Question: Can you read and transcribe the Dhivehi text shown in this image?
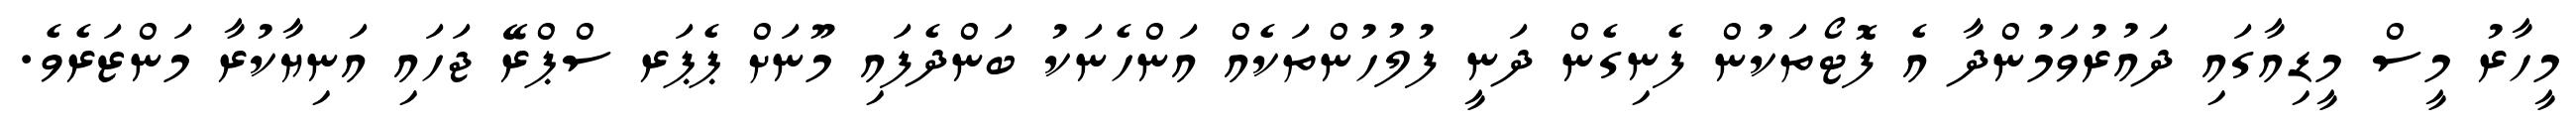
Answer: މީހާރު މީސް މީޑިއާގައި ދައުރުވަމުންދާ އެ ފޮޓޯތަކުން ފެނިގެން ދަނީ ފުލުހުންތަކެއް އަންހެނަކު ބަންދެފައި މޫނަށް ޕެޕަރ ސްޕްރޭ ޖަހައި އަނިޔާކުރާ މަންޒަރެވެ.